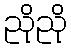
ညိုညို